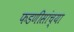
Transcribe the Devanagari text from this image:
फडणीसांच्या